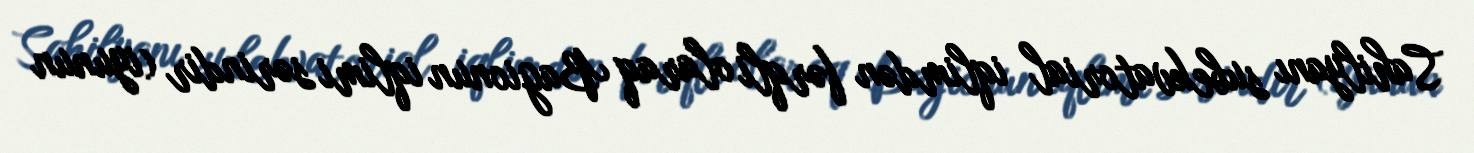
Sahilyanı subekvatorial iqlimdən fərqli olaraq Bagionun iqlimi sərindir (iyunun